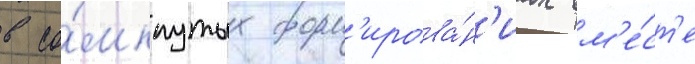
в со́мкнутых форм'ирова́н'иах вм'е́ст'е